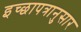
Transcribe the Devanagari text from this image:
इच्छापत्रानुसार